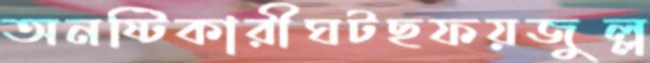
অনষ্টিকারীঘটছফয়জুল্ল